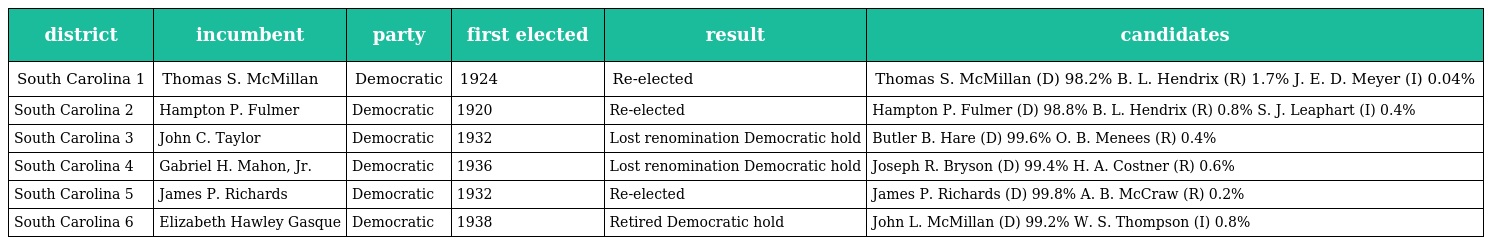
| district | incumbent | party | first elected | result | candidates |
 | --- | --- | --- | --- | --- | --- |
 | South Carolina 1 | Thomas S. McMillan | Democratic | 1924 | Re-elected | Thomas S. McMillan (D) 98.2% B. L. Hendrix (R) 1.7% J. E. D. Meyer (I) 0.04% |
 | South Carolina 2 | Hampton P. Fulmer | Democratic | 1920 | Re-elected | Hampton P. Fulmer (D) 98.8% B. L. Hendrix (R) 0.8% S. J. Leaphart (I) 0.4% |
 | South Carolina 3 | John C. Taylor | Democratic | 1932 | Lost renomination Democratic hold | Butler B. Hare (D) 99.6% O. B. Menees (R) 0.4% |
 | South Carolina 4 | Gabriel H. Mahon, Jr. | Democratic | 1936 | Lost renomination Democratic hold | Joseph R. Bryson (D) 99.4% H. A. Costner (R) 0.6% |
 | South Carolina 5 | James P. Richards | Democratic | 1932 | Re-elected | James P. Richards (D) 99.8% A. B. McCraw (R) 0.2% |
 | South Carolina 6 | Elizabeth Hawley Gasque | Democratic | 1938 | Retired Democratic hold | John L. McMillan (D) 99.2% W. S. Thompson (I) 0.8% |